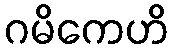
ဂမိကေဟိ